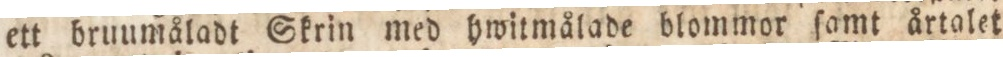
ett bruumåladt Skrin med hwitmålade blommor ſamt årtalet